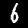
Digit: 6